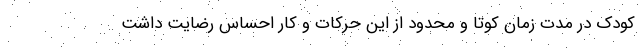
کودک در مدت زمان کوتا و محدود از این حرکات و کار احساس رضایت داشت